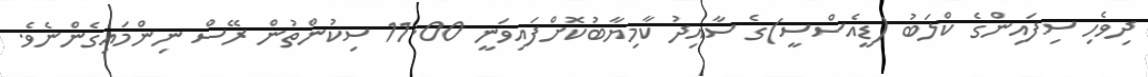
ދިވެހި ސިފައިންގެ ކްލަބު (ޑީއެސްސީ)ގެ ސާއިދު ކާމިޔާބުކޮށްފައިވަނީ 11.00 ސިކުންތުން ރޭސް ނިންމައިގެންނެވެ.